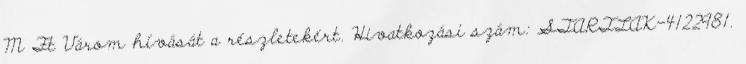
M Ft Várom hívását a részletekért. Hivatkozási szám: STARTLAK-4122981.